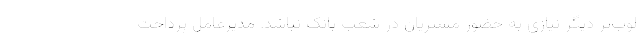
لوب‌تر دیگر نیازی به حضور مشتریان در شعب بانک نباشد. مدیرعامل پرداخت